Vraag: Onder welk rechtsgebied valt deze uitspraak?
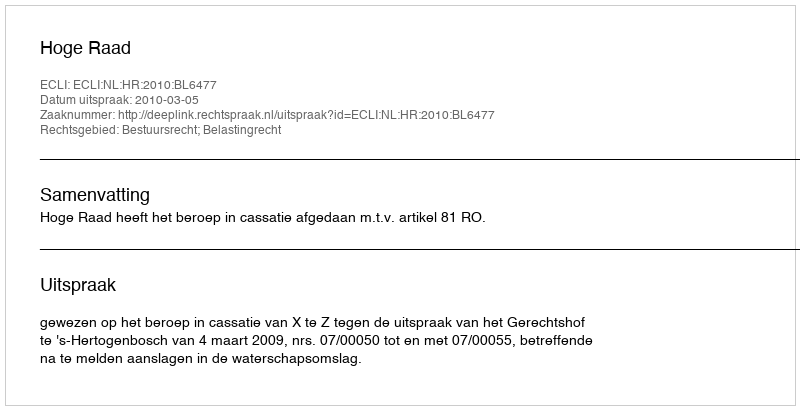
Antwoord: Bestuursrecht; Belastingrecht